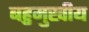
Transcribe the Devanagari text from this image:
बहुमुखीय